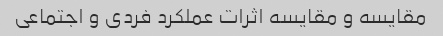
مقایسه و مقایسه اثرات عملکرد فردی و اجتماعی